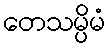
တေသမ္ပိမံ